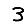
Digit: 3